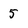
Character: 5